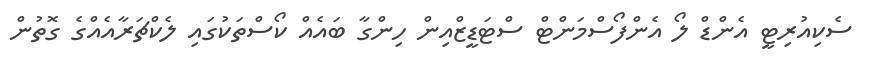
ސެކިއުރިޓީ އެންޑް ލޯ އެންފޯސްމަންޓް ސްޓަޑީޒްއިން ހިންގާ ބައެއް ކޯސްތަކުގައި ލެކްޗަރާއެއްގެ ގޮތުން